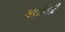
માઇલી